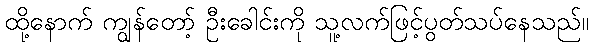
ထို့နောက် ကျွန်တော့် ဦးခေါင်းကို သူ့လက်ဖြင့်ပွတ်သပ်နေသည်။